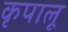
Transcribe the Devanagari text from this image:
कृपालू